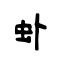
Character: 虲